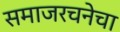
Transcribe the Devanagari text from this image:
समाजरचनेचा